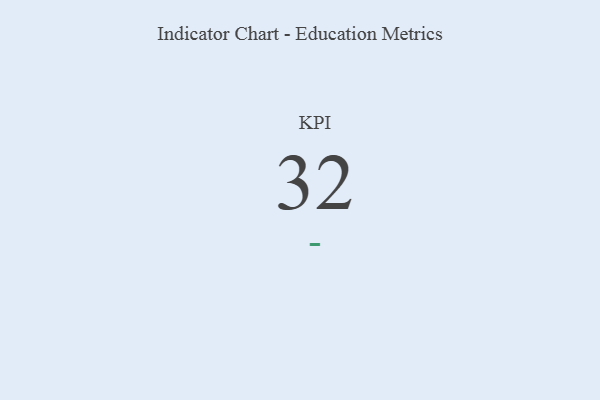
{"axis": {"x": "KPI", "y": "Value"}, "legend": [""], "data": [{"x": "KPI", "y": 32, "type": ""}]}